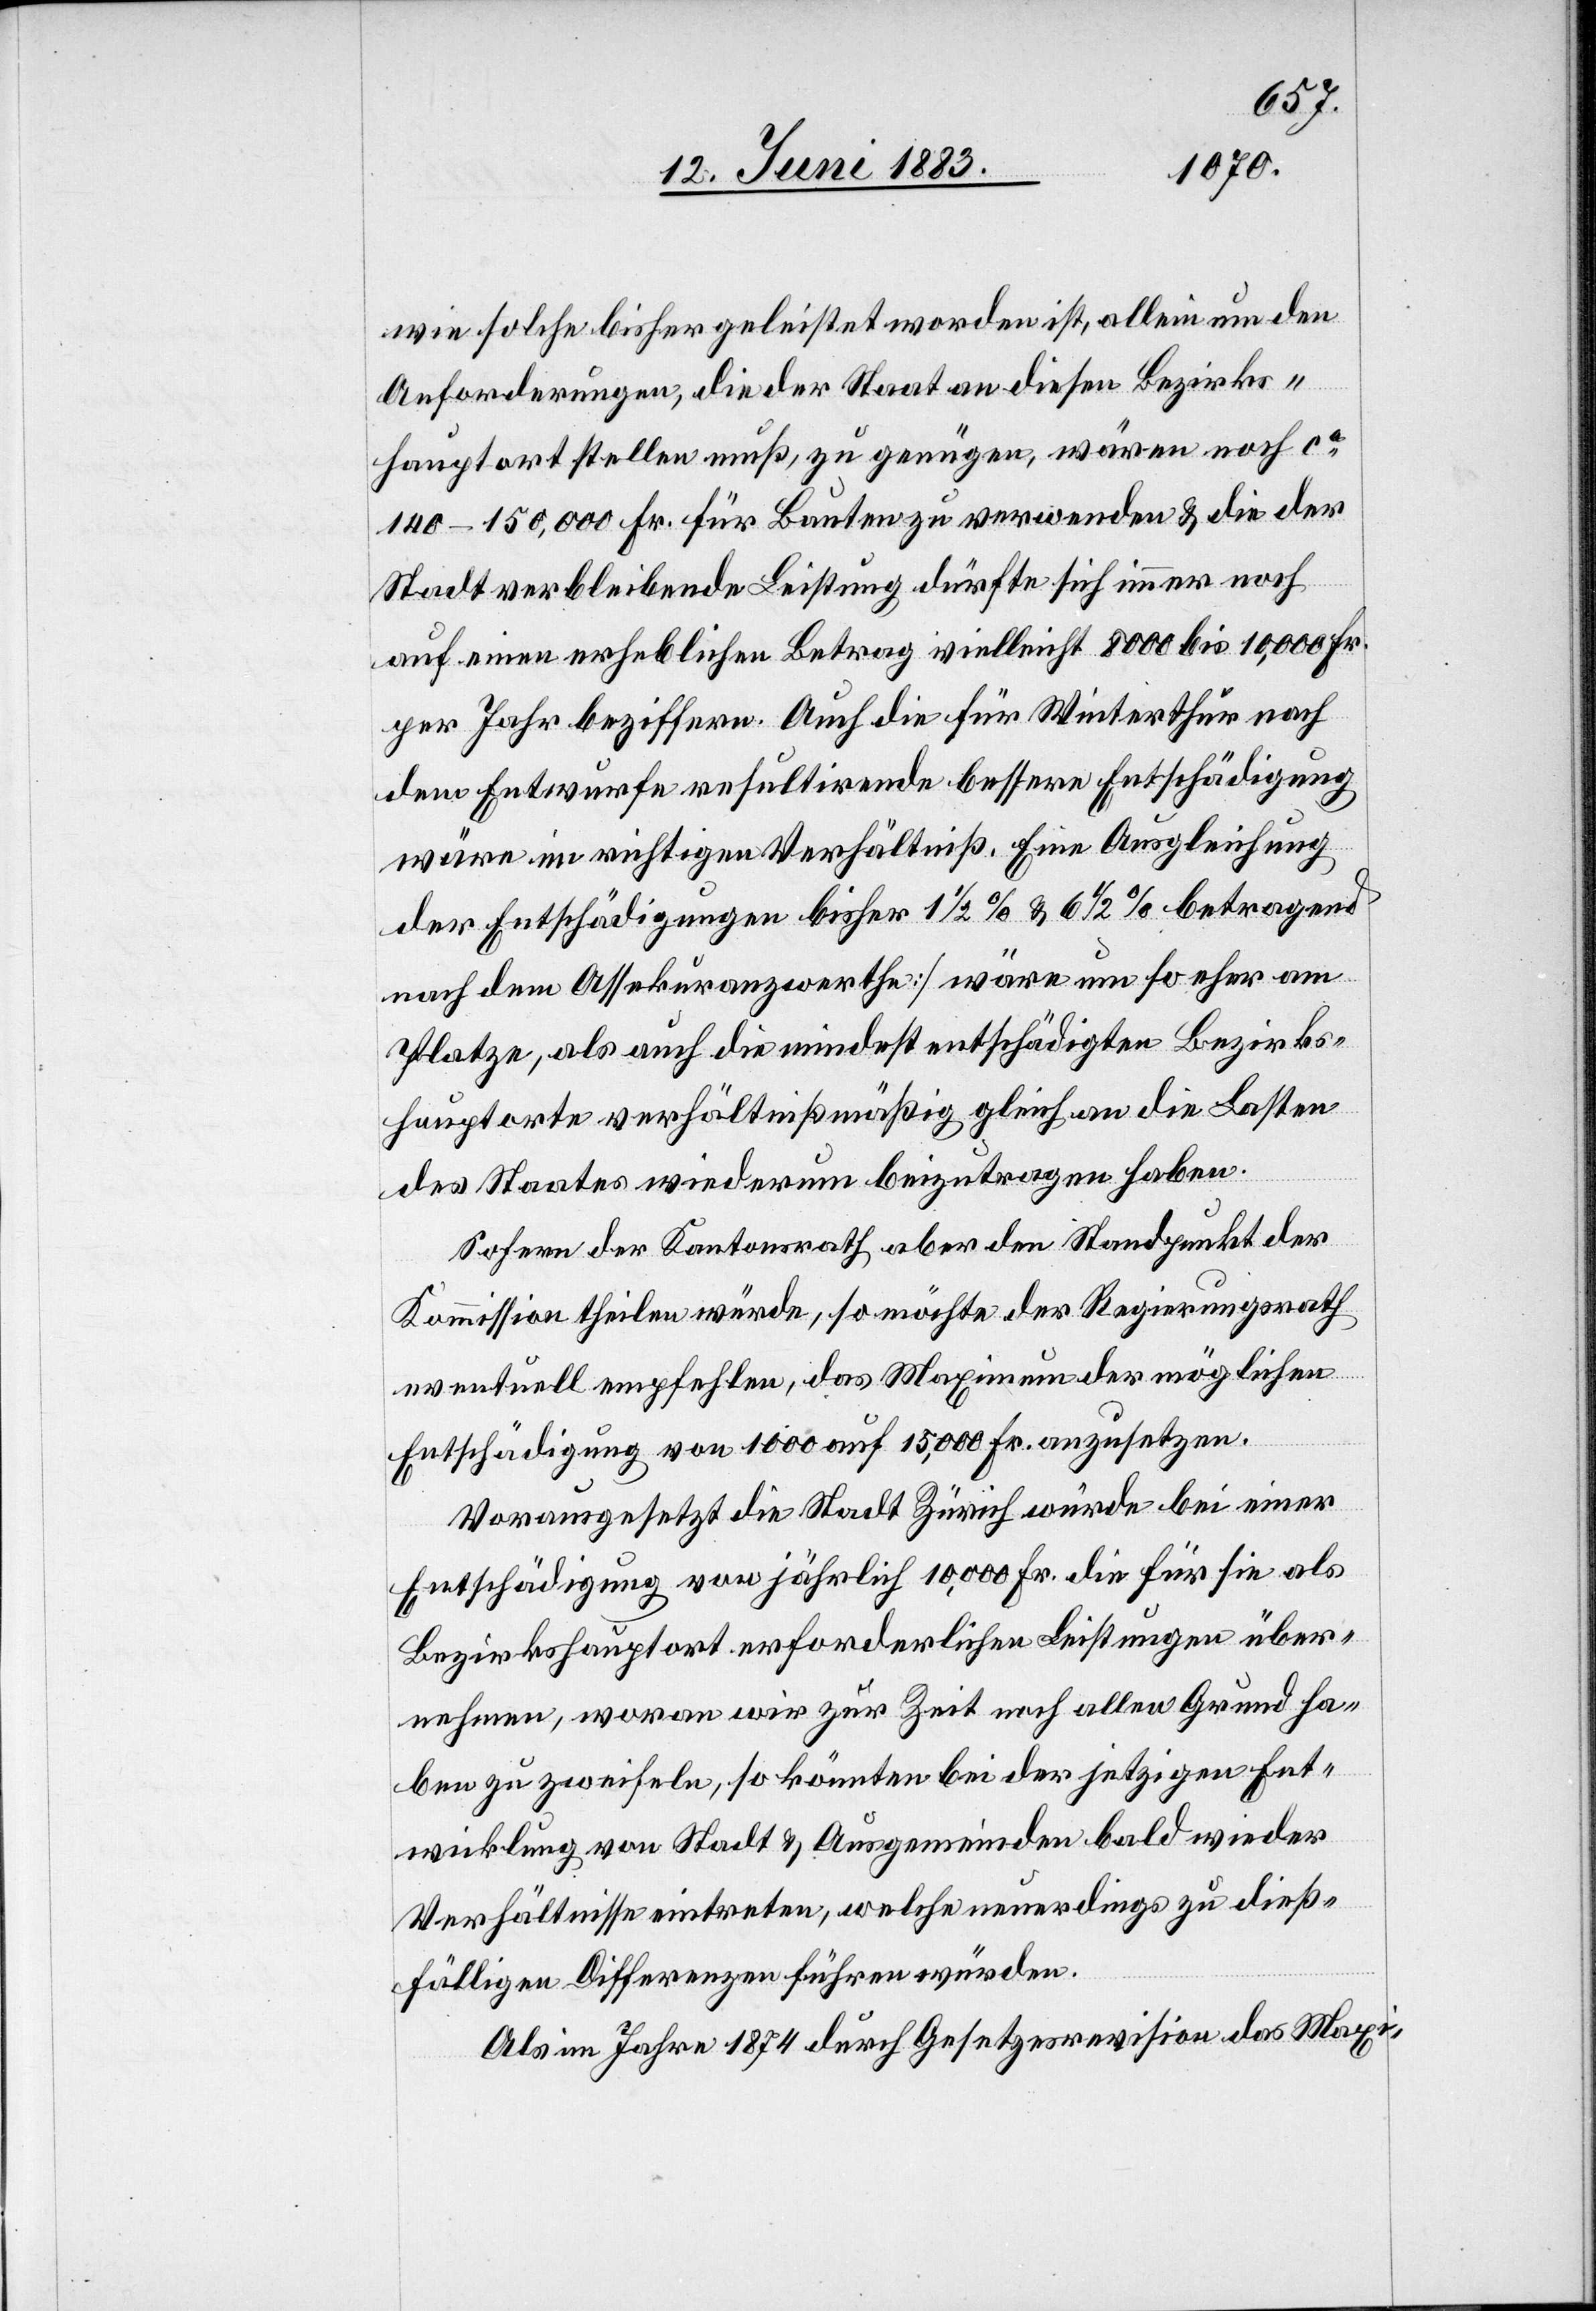
wie solche bisher geleistet worden ist, allein um den
Anforderungen, die der Staat an diesen Bezirks¬
hauptort stellen muß, zu genügen, wären noch ca
140–150,000 Fr. für Bauten zu verwenden & die der
Stadt verbleibende Leistung dürfte sich immer noch
auf einen erheblichen Betrag vielleicht 8000 bis 10,000 Fr.
per Jahr beziffern. Auch die für Winterthur nach
dem Entwurfe resultirende bessere Entschädigung
wäre im richtigen Verhältniß. Eine Ausgleichung
der Entschädigungen []bisher 1 1/2% & 6 1/2% betragend
nach dem Assekuranzwerthe] wäre um so eher am
Platze, als auch die mindest entschädigten Bezirks¬
hauptorte verhältnißmäßig gleich an die Lasten
des Staates wiederum beizutragen haben.
Sofern der Kantonsrath aber den Standpunkt der
Kommission theilen würde, so möchte der Regierungsrath
eventuell empfehlen, das Maximum der möglichen
Entschädigung von 1000 auf 15,000 Fr. anzusetzen.
Vorausgesetzt die Stadt Zürich würde bei einer
Entschädigung von jährlich 10,000 Fr. die für sie als
Bezirkshauptort erforderlichen Leistungen über¬
nehmen, wovon wir zur Zeit noch allen Grund ha¬
ben zu zweifeln, so könnten bei er jetzigen Ent¬
wicklung von Stadt & Ausgemeinden bald wieder
Verhältnisse eintreten, welche neuerdings zu dieß¬
fälligen Differenzen führen würden.
Als im Jahre 1874 durch Gesetzesrevision das Maxi-